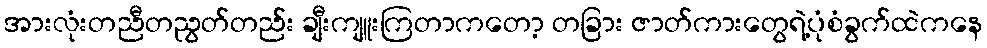
အားလုံးတညီတညွတ်တည်း ချီးကျူးကြတာကတော့ တခြား ဇာတ်ကားတွေရဲ့ပုံစံခွက်ထဲကနေ